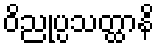
ဝိညုပ္ပသတ္ထာနိ